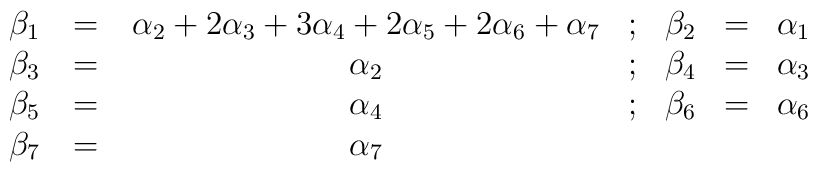
\begin{array}{ccccccc}\beta _1\,&=&\,\alpha _2+2\alpha _3+3\alpha _4+2\alpha _5+2 \alpha _6+\alpha _7&;&\beta _2 &=& \alpha_1 \cr\beta _3\,&=&\,\alpha _2 & ; & \beta _4 & =&  \alpha _3 \cr\beta _5\,&=&\,\alpha _4 &; & \beta _6 & =& \alpha _6 \cr\beta _7\,&=&\,\alpha_7  & \null & \null & \null & \null \cr\end{array}